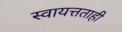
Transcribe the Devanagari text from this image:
स्वायत्तताही